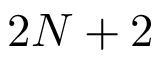
2 N + 2